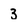
Character: 3